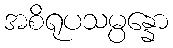
အစိရုပသမ္ပန္နော